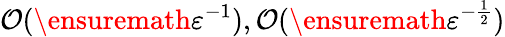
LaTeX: \mathcal{O}(\ensuremath{\varepsilon}^{-1}),\mathcal{O}(\ensuremath{\varepsilon}^{-\frac 12})